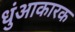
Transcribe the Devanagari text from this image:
धुंआकारक